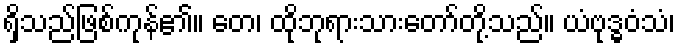
ရှိသည်ဖြစ်ကုန်၏။ တေ၊ ထိုဘုရားသားတော်တို့သည်။ ယံဗုဒ္ဓဝံသံ၊